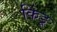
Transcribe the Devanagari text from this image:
किंडू